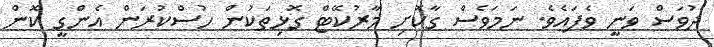
ދުވަސް ވަނީ ވެފައެވެ. ނަމަވެސް ގާކޮށި މާރުކޭޓް ގޮޅިތަކުން ހުސްކުރަން އެންގީ ކޮން